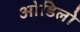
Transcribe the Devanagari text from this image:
ओडिलो